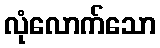
လုံလောက်သော